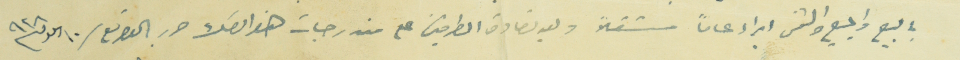
بالبيع والمبيع والثمن ابراء عاماً مستقلاً وبعد تصادق الطرفين على مندرجات هذا الصك حرر بالتوقيع / ١٠ ايلول سنة ٩٢٨